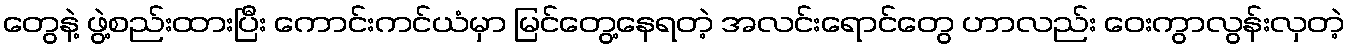
တွေနဲ့ ဖွဲ့စည်းထားပြီး ကောင်းကင်ယံမှာ မြင်တွေ့နေရတဲ့ အလင်းရောင်တွေ ဟာလည်း ဝေးကွာလွန်းလှတဲ့